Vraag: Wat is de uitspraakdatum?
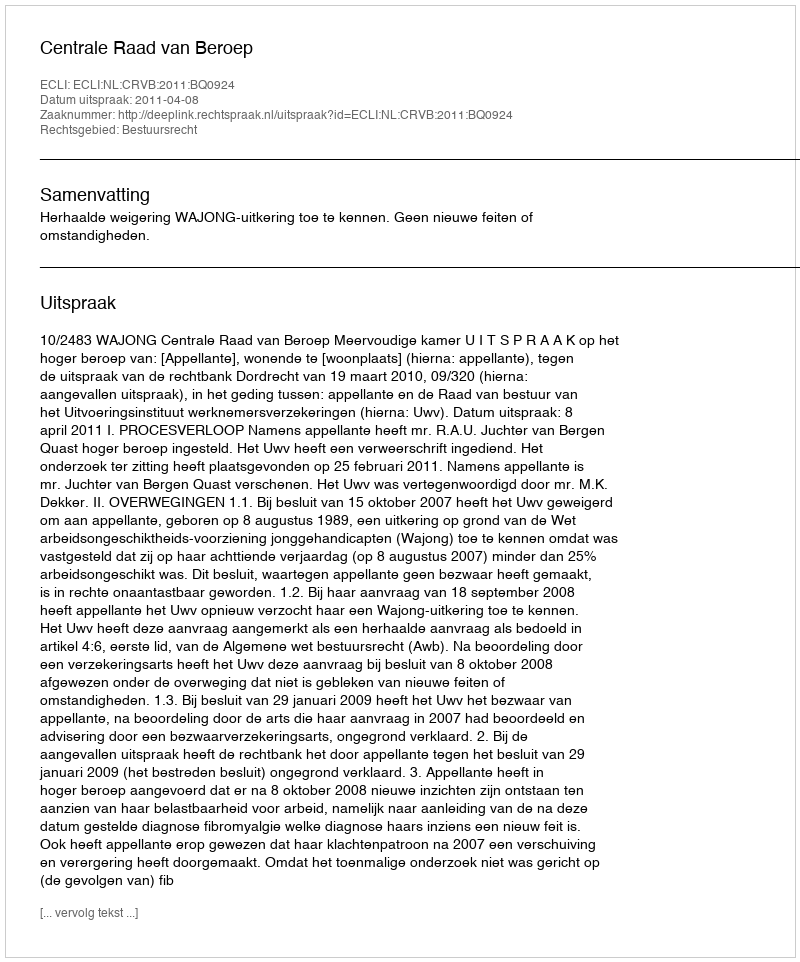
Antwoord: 2011-04-08